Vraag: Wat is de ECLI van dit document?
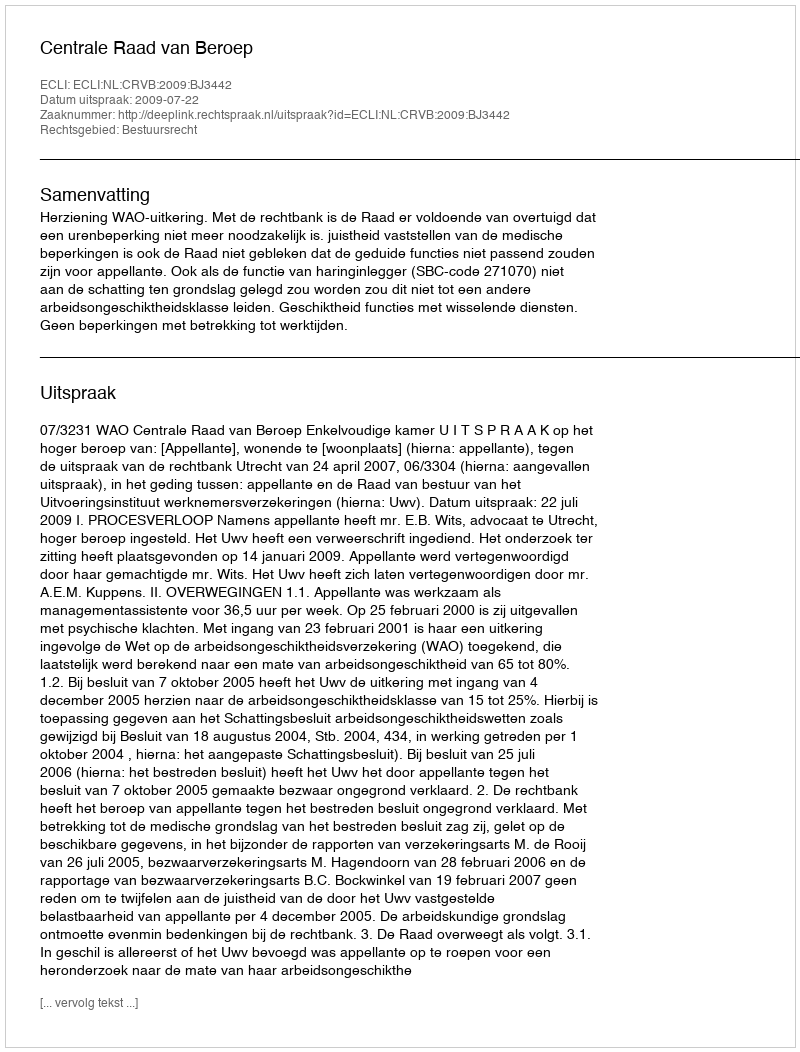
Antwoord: ECLI:NL:CRVB:2009:BJ3442